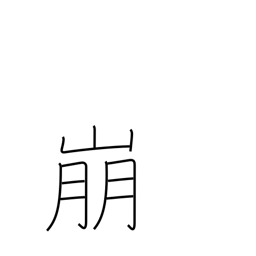
Meaning: demolish